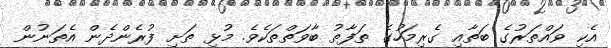
އެކި ވައްތަރުގެ ބަތާއި ގެރިމަހުގެ ތަފާތު ބާވަތްތަކެވެ. މުޅި ތަށި ފުރެންދެން އެތަނުން